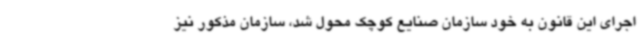
اجرای این قانون به خود سازمان صنایع کوچک محول شد، سازمان مذکور نیز